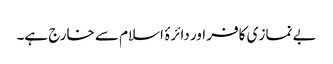
بے نماز ی کافر اور دائرۂ اسلام سے خارج ہے۔